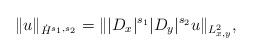
LaTeX: \begin{align*}\|u\|_{\dot H^{s_1,s_2}} = \||D_x|^{s_1}|D_y|^{s_2}u\|_{L^2_{x,y}},\end{align*}